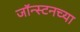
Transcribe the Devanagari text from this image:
जॉन्स्टनच्या